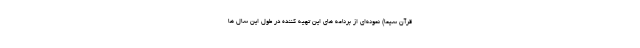
قرآن سیما) نمونه‌ای از برنامه های این تهیه کننده در طول این سال ها